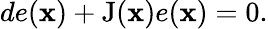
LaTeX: de(\mathbf{x})+\operatorname{J}(\mathbf{x})e(\mathbf{x})=0.